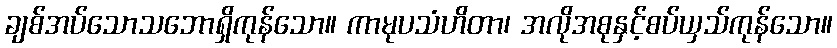
ချစ်အပ်သောသဘောရှိကုန်သော။ ကာမုပသံဟိတာ၊ အလိုအစုနှင့်စပ်ယှသ်ကုန်သော။